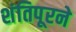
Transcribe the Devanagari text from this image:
शंतिपूरने